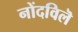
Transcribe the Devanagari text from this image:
नोंदविलॆ